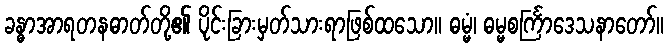
ခန္ဓာအာရတနဓာတ်တို့၏ ပိုင်းခြားမှတ်သားရာဖြစ်ထသော။ ဓမ္မံ၊ ဓမ္မစင်္ကြာဒေသနာတော်။